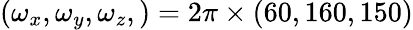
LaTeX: (\omega_{x},\omega_{y},\omega_{z},)=2\pi\times(60,160,150)